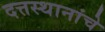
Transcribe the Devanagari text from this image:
दत्तस्थानांचे